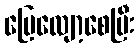
ပြေလျော့စေပြီး